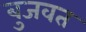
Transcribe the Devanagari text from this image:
बुजवत